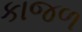
કાજળ